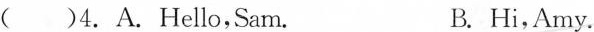
( )4. A. Hello,Sam. B. Hi,Amy.